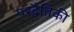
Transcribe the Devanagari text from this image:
परद्वैतिकी